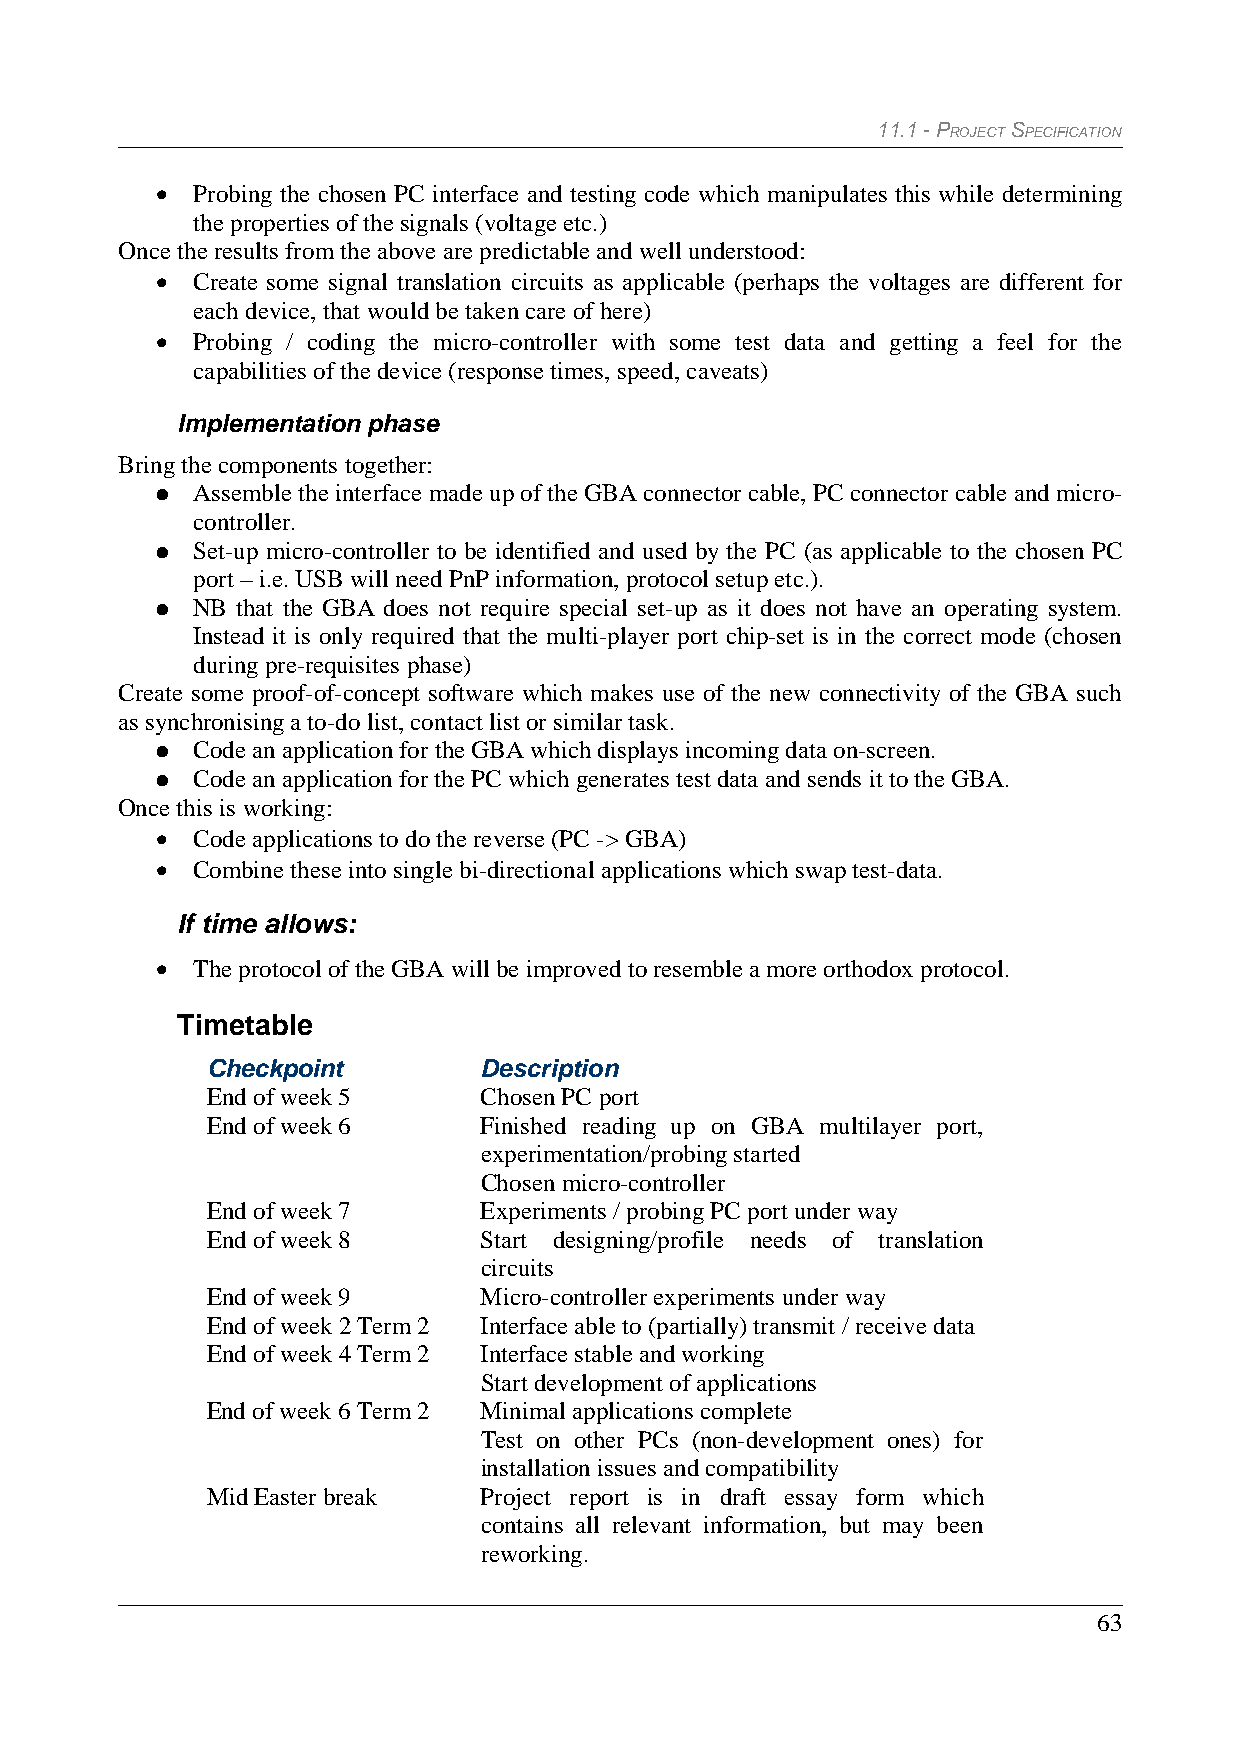
11.1 - PROJECT SPECIFICATION
 •  Probing the chosen PC interface and testing code which manipulates this while determining
 the properties of the signals (voltage etc.)
 Once the results from the above are predictable and well understood:
 •  Create some signal translation circuits as applicable (perhaps the voltages are different for
 each device, that would be taken care of here)
 •  Probing / coding the micro-controller with some test data and getting a feel for the
 capabilities of the device (response times, speed, caveats)
 Implementation phase
 Bring the components together:
 ●  Assemble the interface made up of the GBA connector cable, PC connector cable and micro-
 controller.
 ●  Set-up micro-controller to be identified and used by the PC (as applicable to the chosen PC
 port – i.e. USB will need PnP information, protocol setup etc.).
 ●  NB that the GBA does not require special set-up as it does not have an operating system.
 Instead it is only required that the multi-player port chip-set is in the correct mode (chosen
 during pre-requisites phase)
 Create some proof-of-concept software which makes use of the new connectivity of the GBA such
 as synchronising a to-do list, contact list or similar task.
 ●  Code an application for the GBA which displays incoming data on-screen.
 ●  Code an application for the PC which generates test data and sends it to the GBA.
 Once this is working:
 •  Code applications to do the reverse (PC -> GBA)
 •  Combine these into single bi-directional applications which swap test-data.
 If time allows:
 •  The protocol of the GBA will be improved to resemble a more orthodox protocol.
 Timetable
 Checkpoint        Description
 End of week 5     Chosen PC port
 End of week 6     Finished reading up on GBA multilayer port,
 experimentation/probing started
 Chosen micro-controller
 End of week 7     Experiments / probing PC port under way
 End of week 8     Start designing/profile needs of translation
 circuits
 End of week 9     Micro-controller experiments under way
 End of week 2 Term 2 Interface able to (partially) transmit / receive data
 End of week 4 Term 2 Interface stable and working
 Start development of applications
 End of week 6 Term 2 Minimal applications complete
 Test on other PCs (non-development ones) for
 installation issues and compatibility
 Mid Easter break  Project report is in draft essay form which
 contains all relevant information, but may been
 reworking.
 63